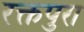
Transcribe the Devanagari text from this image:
रक्तपुरा